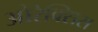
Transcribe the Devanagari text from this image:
ओरेक्सिस